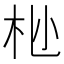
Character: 𫴺